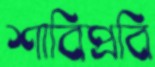
শাবিপ্রবি